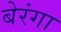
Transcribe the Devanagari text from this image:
बेरंगा